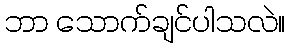
ဘာ သောက်ချင်ပါသလဲ။